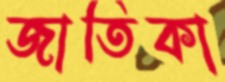
জাতিকা